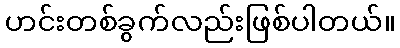
ဟင်းတစ်ခွက်လည်းဖြစ်ပါတယ်။